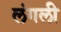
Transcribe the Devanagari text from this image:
लंगली